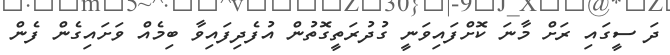
ދަ ސީގައި ރަށް މާނަ ކޮށްފައިވަނީ ގުދުރަތީގޮތުން އުފެދިފައިވާ ބިމެއް ވަށައިގެން ފެން